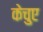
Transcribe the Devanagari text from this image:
केचुए